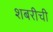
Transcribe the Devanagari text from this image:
शबरीची